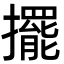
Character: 擺